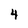
Character: 4